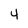
Character: 4